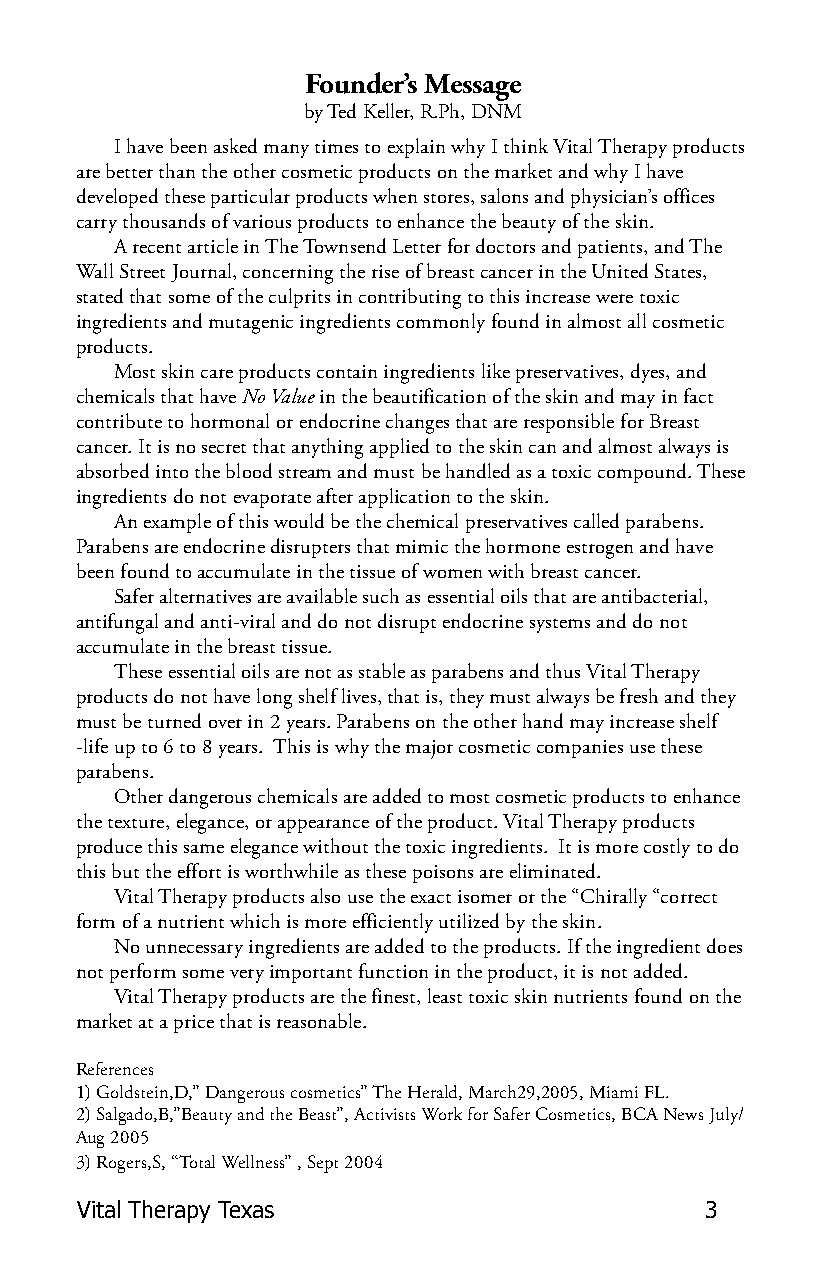
Founder’s Message
 by Ted Keller, R.Ph, DNM
 I have been asked many times to explain why I think Vital Therapy products
 are better than the other cosmetic products on the market and why I have
 developed these particular products when stores, salons and physician’s offices
 carry thousands of various products to enhance the beauty of the skin.
 A recent article in The Townsend Letter for doctors and patients, and The
 Wall Street Journal, concerning the rise of breast cancer in the United States,
 stated that some of the culprits in contributing to this increase were toxic
 ingredients and mutagenic ingredients commonly found in almost all cosmetic
 products.
 Most skin care products contain ingredients like preservatives, dyes, and
 chemicals that have No Value in the beautification of the skin and may in fact
 contribute to hormonal or endocrine changes that are responsible for Breast
 cancer. It is no secret that anything applied to the skin can and almost always is
 absorbed into the blood stream and must be handled as a toxic compound. These
 ingredients do not evaporate after application to the skin.
 An example of this would be the chemical preservatives called parabens.
 Parabens are endocrine disrupters that mimic the hormone estrogen and have
 been found to accumulate in the tissue of women with breast cancer.
 Safer alternatives are available such as essential oils that are antibacterial,
 antifungal and anti-viral and do not disrupt endocrine systems and do not
 accumulate in the breast tissue.
 These essential oils are not as stable as parabens and thus Vital Therapy
 products do not have long shelf lives, that is, they must always be fresh and they
 must be turned over in 2 years. Parabens on the other hand may increase shelf
 -life up to 6 to 8 years. This is why the major cosmetic companies use these
 parabens.
 Other dangerous chemicals are added to most cosmetic products to enhance
 the texture, elegance, or appearance of the product. Vital Therapy products
 produce this same elegance without the toxic ingredients. It is more costly to do
 this but the effort is worthwhile as these poisons are eliminated.
 Vital Therapy products also use the exact isomer or the “Chirally “correct
 form of a nutrient which is more efficiently utilized by the skin.
 No unnecessary ingredients are added to the products. If the ingredient does
 not perform some very important function in the product, it is not added.
 Vital Therapy products are the finest, least toxic skin nutrients found on the
 market at a price that is reasonable.
 References
 1) Goldstein,D,” Dangerous cosmetics” The Herald, March29,2005, Miami FL.
 2) Salgado,B,”Beauty and the Beast”, Activists Work for Safer Cosmetics, BCA News July/
 Aug 2005
 3) Rogers,S, “Total Wellness” , Sept 2004
 Vital Therapy Texas                       3